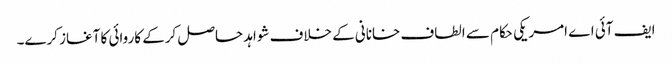
ایف آئی اے امریکی حکام سے الطاف خانانی کے خلاف شواہد حاصل کرکے کاروائی کا آغاز کرے۔